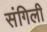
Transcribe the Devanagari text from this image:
संगिली